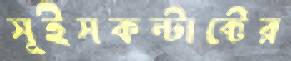
সুইসকন্টাক্টের